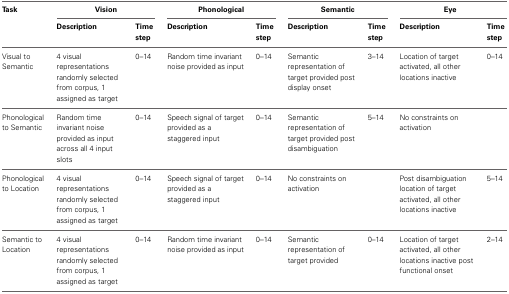
| Task | <COLSPAN=2> Vision | <COLSPAN=2> Phonological | <COLSPAN=2> Semantic | <COLSPAN=2> Eye |
 |  | Description | Time step | Description | Time step | Description | Time step | Description | Time step |
 | --- | --- | --- | --- | --- | --- | --- | --- | --- |
 | Visual to Semantic | 4 visual representations randomly selected from corpus, 1 assigned as target | 0–14 | Random time invariant noise provided as input | 0–14 | Semantic representation of target provided post display onset | 3–14 | Location of target activated, all other locations inactive | 0–14 |
 | Phonological to Semantic | Random time invariant noise provided as input across all 4 input slots | 0–14 | Speech signal of target provided as a staggered input | 0–14 | Semantic representation of target provided post disambiguation | 5–14 | No constraints on activation |  |
 | Phonological to Location | 4 visual representations randomly selected from corpus, 1 assigned as target | 0–14 | Speech signal of target provided as a staggered input | 0–14 | No constraints on activation |  | Post disambiguation location of target activated, all other locations inactive | 5–14 |
 | Semantic to Location | 4 visual representations randomly selected from corpus, 1 assigned as target | 0–14 | Random time invariant noise provided as input | 0–14 | Semantic representation of target provided | 0–14 | Location of target activated, all other locations inactive post functional onset | 2–14 |